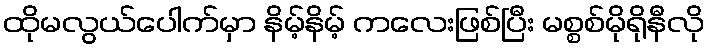
ထိုမလွယ်ပေါက်မှာ နိမ့်နိမ့် ကလေးဖြစ်ပြီး မစ္စစ်မိုရိုနီလို